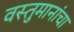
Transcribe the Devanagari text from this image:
वस्तुमानांचा